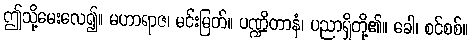
ဤသို့မေးလေ၍။ မဟာရာဇ၊ မင်းမြတ်။ ပဏ္ဍိတာနံ၊ ပညာရှိတို့၏။ ခေါ၊ စင်စစ်။